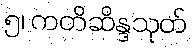
၅၊ ကတိဆိန္ဒသုတ်